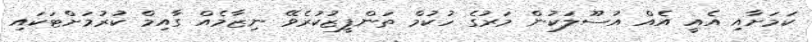
ކަމަށާއި އެއީ އެއް އުސޫލަކުން މަރުގެ ހުކުމް ތަންފީޒުކުރެވޭ ނިޒާމެއް ގާއިމް ކުރުމަށްޓަކައި